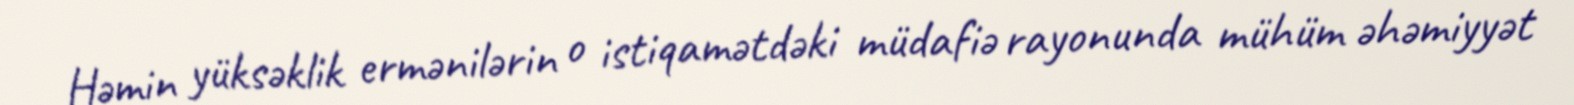
Həmin yüksəklik ermənilərin o istiqamətdəki müdafiə rayonunda mühüm əhəmiyyət